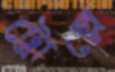
ট্রোল্লে